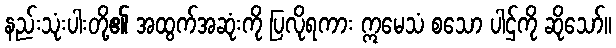
နည်းသုံးပါးတို့၏ အထွက်အဆုံးကို ပြလိုရကား ဣမေသံ စသော ပါဌ်ကို ဆိုသော်။